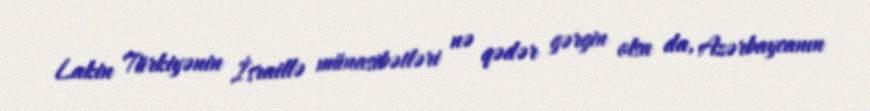
Lakin Türkiyənin İsraillə münasibətləri nə qədər gərgin olsa da, Azərbaycanın